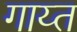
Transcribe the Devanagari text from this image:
गाय्त